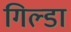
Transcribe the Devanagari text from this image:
गिल्डा